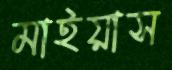
মাইয়াস